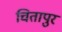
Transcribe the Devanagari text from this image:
चितापुर